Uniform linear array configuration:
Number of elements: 32
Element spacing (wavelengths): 0.75
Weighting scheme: hamming
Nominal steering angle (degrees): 0
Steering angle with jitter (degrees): -1.963
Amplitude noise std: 0.05
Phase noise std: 0.05

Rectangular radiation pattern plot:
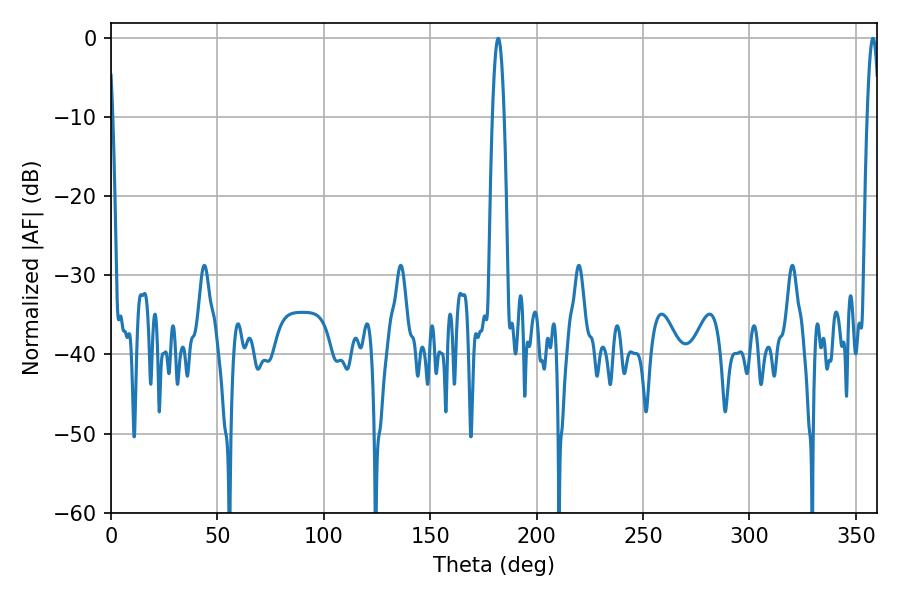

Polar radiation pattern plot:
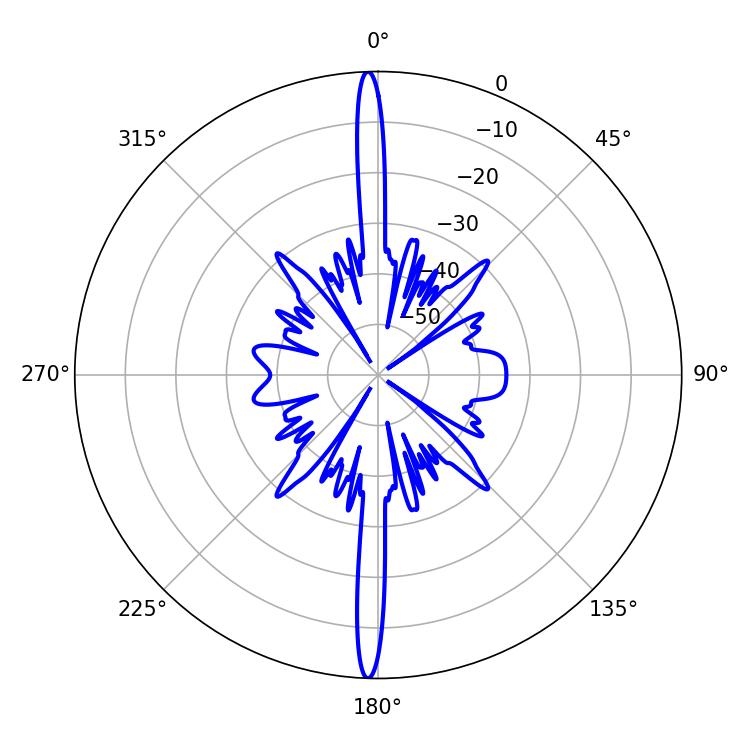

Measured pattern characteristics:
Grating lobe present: TRUE
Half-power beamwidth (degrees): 2.88
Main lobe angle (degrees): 358.02